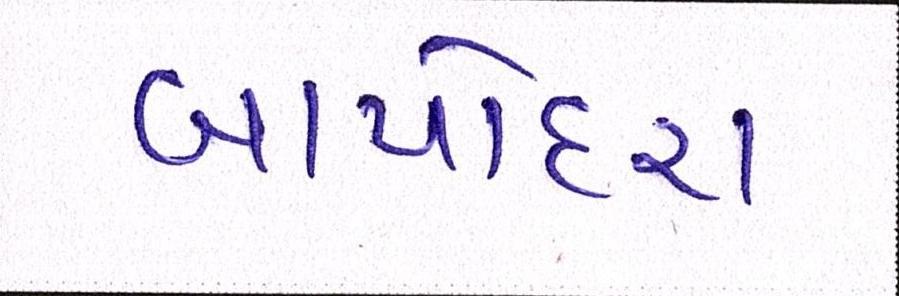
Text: બાપોદરા